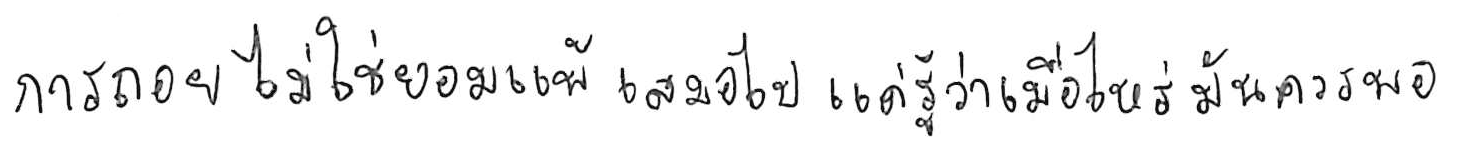
การถอย ไม่ใช่ยอมแพ้ เสมอไป แค่รู้ว่าเมื่อไหร่ มันควรพอ